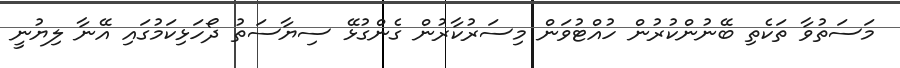
މަސަތުވާ ތަކެތި ބޭނުންކުރުން ހުއްޓުވަން މިސަރުކާރުން ގެންގުޅޭ ސިޔާސަތު ދޯހަޅިކަމުގައި އޭނާ ލިޔުނީ